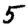
Digit: 5